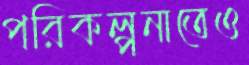
পরিকল্পনাতেও